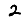
Digit: 2